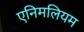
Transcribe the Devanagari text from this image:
एनिमलियम